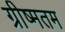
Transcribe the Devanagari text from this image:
ग्रीष्मतम